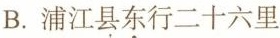
B.浦江县\underset{·}{东}行二十六里